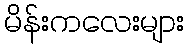
မိန်းကလေးများ